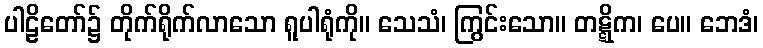
ပါဠိတော်၌ တိုက်ရိုက်လာသော ရူပါရုံကို။ သေသံ၊ ကြွင်းသော။ တဋ္ဋိက၊ ပေ။ ဘေဒံ၊